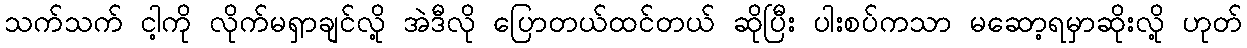
သက်သက် ငါ့ကို လိုက်မရှာချင်လို့ အဲဒီလို ပြောတယ်ထင်တယ် ဆိုပြီး ပါးစပ်ကသာ မဆော့ရမှာဆိုးလို့ ဟုတ်